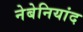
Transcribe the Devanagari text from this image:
नेबेनियांद